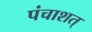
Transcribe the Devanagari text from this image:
पंचाशत्